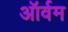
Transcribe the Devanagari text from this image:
ऑर्वम